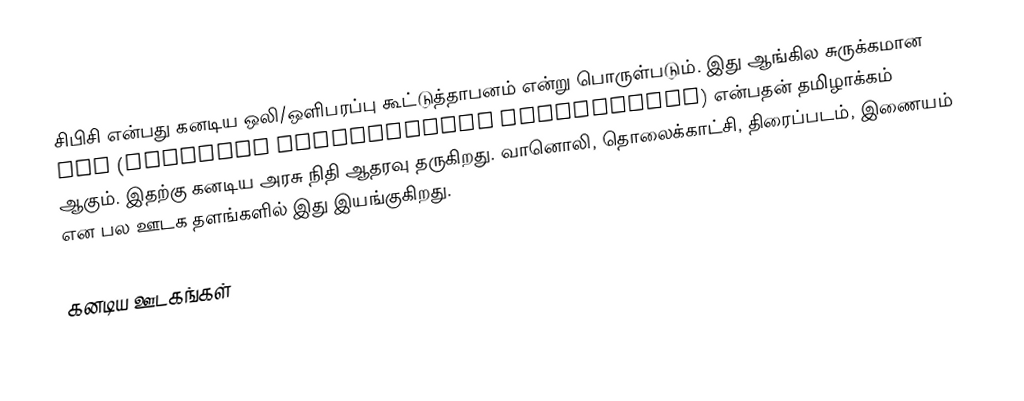
சிபிசி என்பது கனடிய ஒலி/ஒளிபரப்பு கூட்டுத்தாபனம் என்று பொருள்படும். இது ஆங்கில சுருக்கமான CBC (Canadian Broadcasting Corporation) என்பதன் தமிழாக்கம் ஆகும். இதற்கு கனடிய அரசு நிதி ஆதரவு தருகிறது. வானொலி, தொலைக்காட்சி, திரைப்படம், இணையம் என பல ஊடக தளங்களில் இது இயங்குகிறது.

கனடிய ஊடகங்கள்